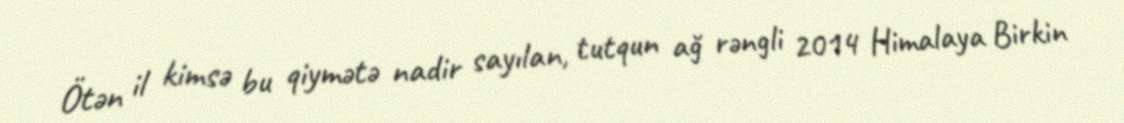
Ötən il kimsə bu qiymətə nadir sayılan, tutqun ağ rəngli 2014 Himalaya Birkin